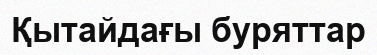
Қытайдағы буряттар